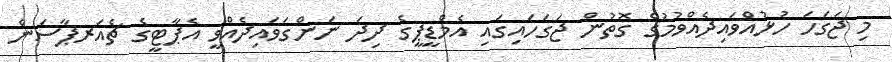
މި ޖަގަހަ ހުޅުއްވައިދެއްވުމުގެ ގޮތުން ޖަގަހައިގައި އެމްޑީޕީގެ ދިދަ ނަންގަވައިދެއްވީ އެޕާޓީގެ ޗެއަރޕާސަން